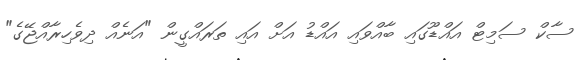
ސާކް ސަމިޓް އައްޑޫގައި ބާއްވައި އައްޑު އަށް އައި ތަރައްގީން "އަނެއް ދިވެހިރާއްޖޭގެ"